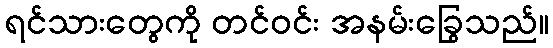
ရင်သားတွေကို တင်ဝင်း အနမ်းခြွေသည်။